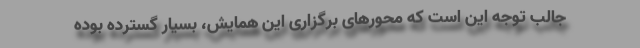
جالب توجه این است که محورهای برگزاری این همایش، بسیار گسترده بوده